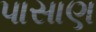
પાસાણ